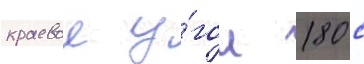
краевои у́гол 180 с